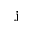
\mathbf { j }